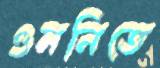
ওমনিতে